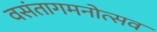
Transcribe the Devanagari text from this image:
वसंतागमनोत्सव